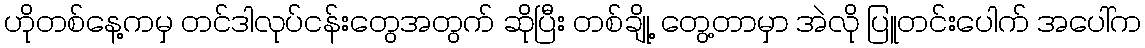
ဟိုတစ်နေ့ကမှ တင်ဒါလုပ်ငန်းတွေအတွက် ဆိုပြီး တစ်ချို့ တွေ့တာမှာ အဲလို ပြူတင်းပေါက် အပေါ်က